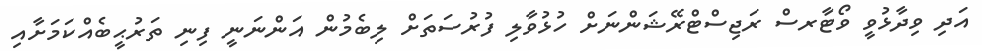
އަދި ވިދާޅުވީ ވޯޓާރސް ރަޖިސްޓްރޭޝަންނަށް ހުޅުވާލި ފުރުސަތަށް ލިބެމުން އަންނަނީ ފިނި ތަރުޙީބެއްކަމަށާއި